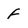
Character: f